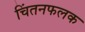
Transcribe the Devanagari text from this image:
चिंतनफलक